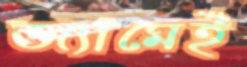
জ্যামেই